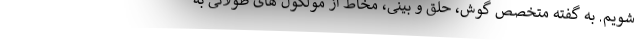
شویم. به گفته متخصص گوش، حلق و بینی، مخاط از مولکول های طولانی به